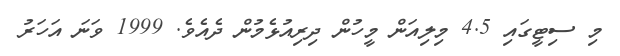
މި ސިޓީގައި 4.5 މިލިއަން މީހުން ދިރިއުޅެމުން ދެއެވެ. 1999 ވަނަ އަހަރު